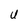
Character: U